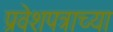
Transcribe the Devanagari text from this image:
प्रवेशपत्राच्या